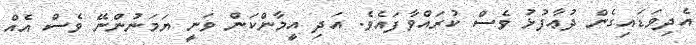
އެދިވަޑައިގެން ދުޢާފުޅު ވެސް ކުރައްވާފައެވެ. އަދި އީމާންކަން ވަނީ ޔަމަނުންނޭ ވެސް އެއް